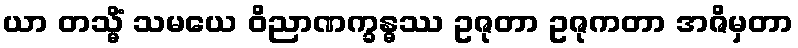
ယာ တသ္မိံ သမယေ ဝိညာဏက္ခန္ဓဿ ဥဇုတာ ဥဇုကတာ အဇိမှတာ